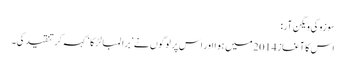
سوزوکی ویگن آر:
اس کا آغاز 2014 میں ہوا اور اس پر لوگوں نے ’برا لمبا لڑکا‘ کہہ کر تنقید کی۔